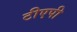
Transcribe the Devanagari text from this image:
टीएपी